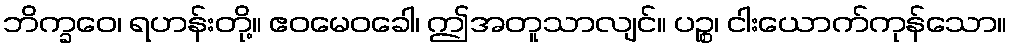
ဘိက္ခဝေ၊ ရဟန်းတို့။ ဧဝမေဝခေါ၊ ဤအတူသာလျင်။ ပဉ္စ၊ ငါးယောက်ကုန်သော။